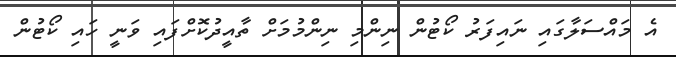
އެ މައްސަލާގައި ނައިފަރު ކޯޓުން ނިންމި ނިންމުމަށް ތާއީދުކޮށްފައި ވަނީ ހައި ކޯޓުން